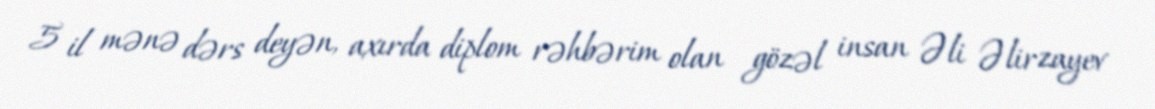
5 il mənə dərs deyən, axırda diplom rəhbərim olan gözəl insan Əli Əlirzayev